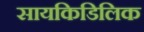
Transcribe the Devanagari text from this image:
सायकिडिलिक